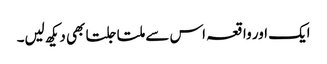
ایک اور واقعہ اس سے ملتا جلتا بھی دیکھ لیں۔